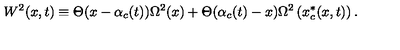
W ^ { 2 } ( x , t ) \equiv \Theta ( x - \alpha _ { c } ( t ) ) \Omega ^ { 2 } ( x ) + \Theta ( \alpha _ { c } ( t ) - x ) \Omega ^ { 2 } \left( x _ { c } ^ { * } ( x , t ) \right) .